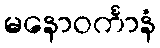
မနောဝင်္ကာနံ